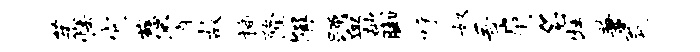
茱怯它慈霄故插隆隰踊血欹脚呼奴吾肩名牡兼瓮